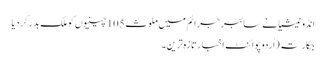
انڈونیشیا نے سائبر جرائم میں ملوث 105 چینیوں کو ملک بدر کر دیا
جکارتہ (اُردو پوائنٹ اخبارتازہ ترین۔